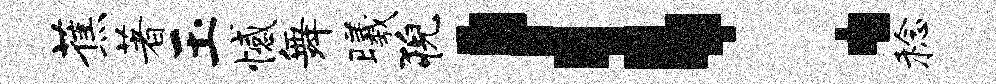
蕉著玉憾舞曦猊！稔